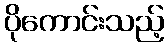
ပိုကောင်းသည့်